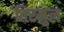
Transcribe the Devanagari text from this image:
तिरमुल